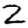
Digit: 2